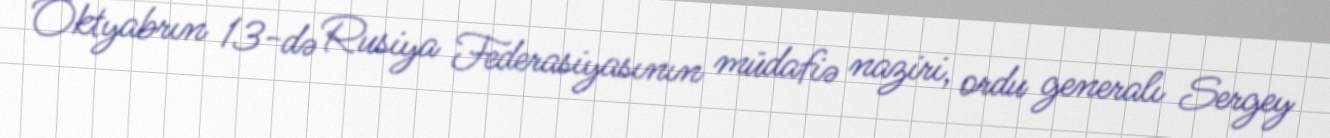
Oktyabrın 13-də Rusiya Federasiyasının müdafiə naziri, ordu generalı Sergey